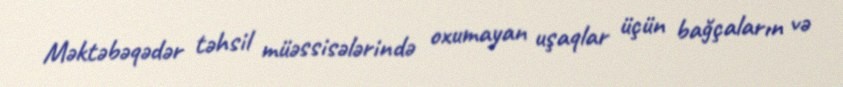
Məktəbəqədər təhsil müəssisələrində oxumayan uşaqlar üçün bağçaların və